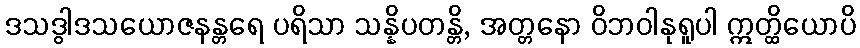
ဒသဒွါဒသယောဇနန္တရေ ပရိသာ သန္နိပတန္တိ, အတ္တနော ဝိဘဝါနုရူပါ ဣတ္ထိယောပိ